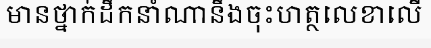
មានថ្នាក់ដឹកនាំណានឹងចុះហត្ថលេខាលើ